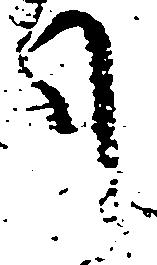
月